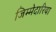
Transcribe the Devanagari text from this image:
जिम्मेदारिया